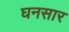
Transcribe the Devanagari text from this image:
घनसार